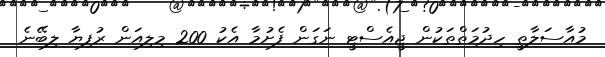
މުއާސަލާތީ ހިދުމަތްތަކުން ޖީއެސްޓީ ނަގަން ފެށުމާ އެކު 200 މިލިއަން ރުފިޔާ ލިބޭނެ